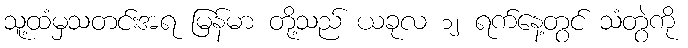
သူ့ထံမှသတင်းအရ မြန်မာ တို့သည် ယခုလ ၁၂ ရက်နေ့တွင် သံတွဲကို